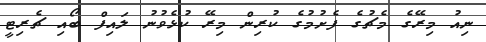
ނިއު މިރޭގެ މެޗުގެ ފެށުމުގެ ކުރިން މިރޭ ކުޅެވުނު ލައިފް ބޯއި ޗެރިޓީ